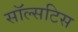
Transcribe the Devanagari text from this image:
सॉल्सटिस